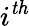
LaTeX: i^{\mathit{th}}